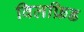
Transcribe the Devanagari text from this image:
विलफ्रिड